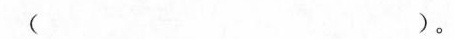
( )。